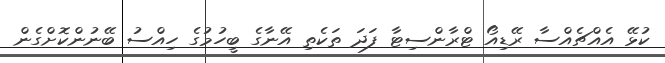
ކުޅޭ އެއްޗެއްސާ ރޭޑިއޯ ޓްރާންސިޓާ ފަދަ ތަކެތި އޭނާގެ ބީހުމުގެ ހިއްސު ބޭނުންކޮށްގެން